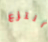
أنتزع